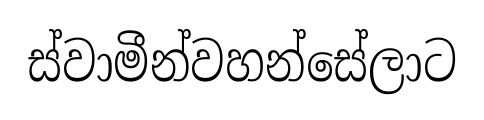
ස්වාමීන්වහන්සේලාට